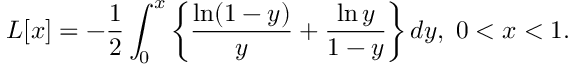
L [ x ] = - \frac { 1 } { 2 } \int _ { 0 } ^ { x } \left\{ \frac { \ln ( 1 - y ) } { y } + \frac { \ln y } { 1 - y } \right\} d y , \; 0 < x < 1 .